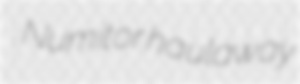
Numitor haulaway